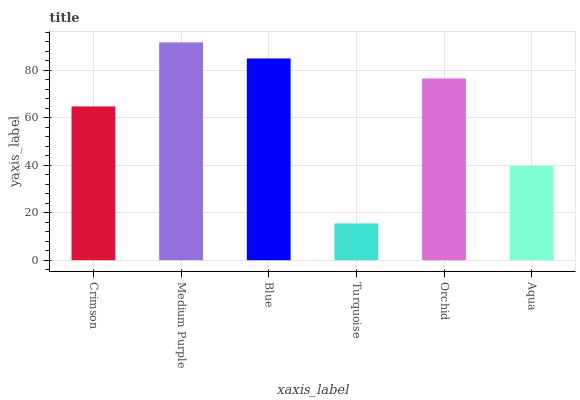
| xaxis_label | bars |
 | --- | --- |
 | Crimson | 64.8 |
 | Medium Purple | 91.8 |
 | Blue | 85 |
 | Turquoise | 15.5 |
 | Orchid | 76.6 |
 | Aqua | 39.7 |